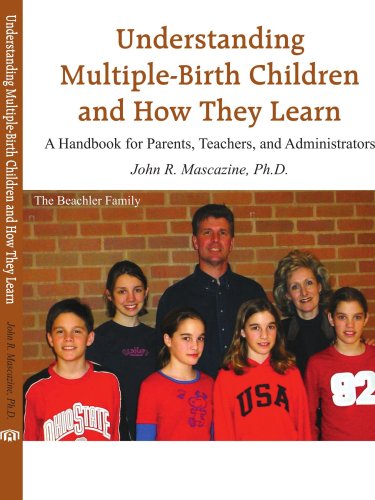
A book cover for Understanding Multiple-Birth Children and How They Learn: A Handbook for Parents, Teachers, and Administrators; John Mascazine; Parenting & Relationships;